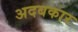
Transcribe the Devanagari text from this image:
अदबकार